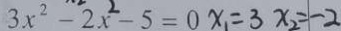
3 x ^ { 2 } - 2 x ^ { 2 } - 5 = 0 x _ { 1 } = 3 x _ { 2 } = - 2